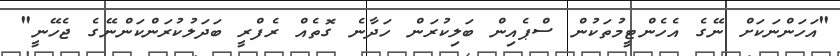
"އަހަންނަކަށް ނޭގެ އެހެންޓީމުތަކުން ސްޕެއިން ބަލިކުރަން ހަދާނެ ގޮތެއް ރެފްރީ ބަދަލުކުރަންކަންނޭގެ ޖެހޭނީ"